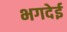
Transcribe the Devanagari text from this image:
भगदेई